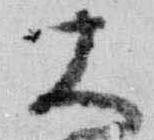
大